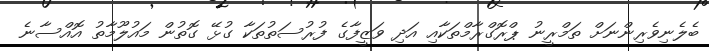
ބެލެނިވެރިންނަށް ތަމްރީނު ޕްރޮގްރާމްތަކާއި އަދި ވަޒީފާގެ ފުރުސަތުތަކާ ގުޅޭ ގޮތުން މައުލޫމާތު އޮއްސާނެ